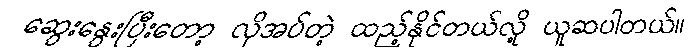
ဆွေးနွေးပြီးတော့ လိုအပ်တဲ့ ထည့်နိုင်တယ်လို့ ယူဆပါတယ်။